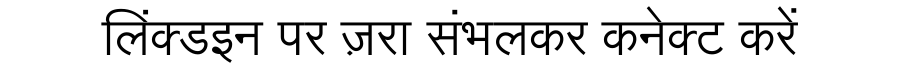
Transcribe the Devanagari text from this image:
लिंक्डइन पर ज़रा संभलकर कनेक्ट करें